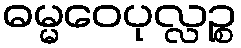
ဓမ္မဝေပုလ္လဉ္စ